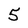
Character: 5